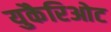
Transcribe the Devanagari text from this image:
युकैरिओट